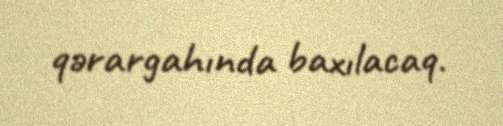
qərargahında baxılacaq.